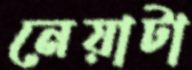
নেয়াটা